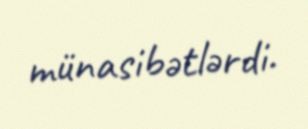
münasibətlərdi.